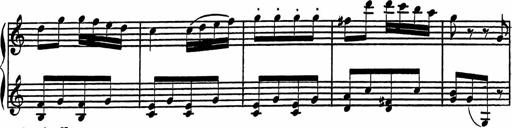
Title: 4 Piano Sonatinas
Composer: Adam Geibel